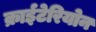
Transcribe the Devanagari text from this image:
क्राईटेरियोन